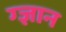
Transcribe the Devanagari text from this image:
ग्ज्ञान